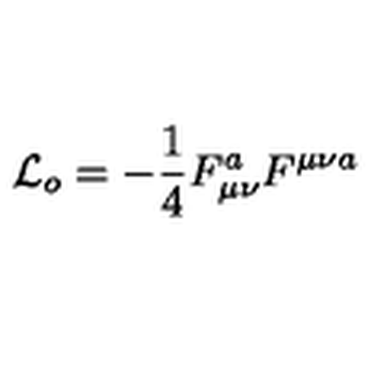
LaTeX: { \cal L } _ { o } = - \frac { 1 } { 4 } F _ { \mu \nu } ^ { a } F ^ { \mu \nu a } \,